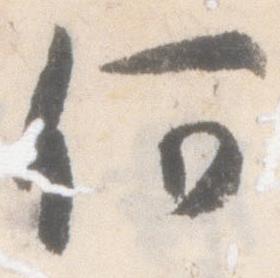
何